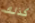
كذلك